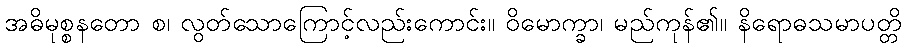
အဓိမုစ္စနတော စ၊ လွတ်သောကြောင့်လည်းကောင်း။ ဝိမောက္ခာ၊ မည်ကုန်၏။ နိရောဓသမာပတ္တိ